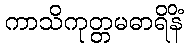
ကာသိကုတ္တမဓာရိနိံ